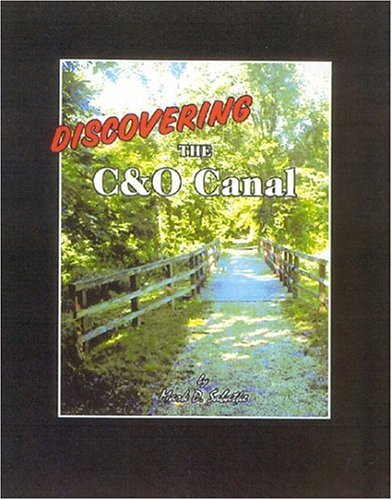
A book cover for Discovering The C&O Canal; Mark Sabatke; Travel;